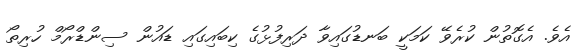
އެވެ. އެގޮތުން ކުރެވޭ ކަމަކީ ބަނޑުގައިވާ ދަރިފުޅުގެ ކިބައިގައި ޑައުން ސިންޑްރޯމް ހުރިތޯ